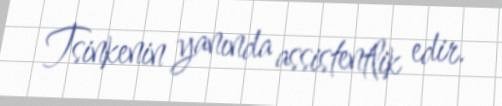
Tsinkenin yanında assistentlik edir.